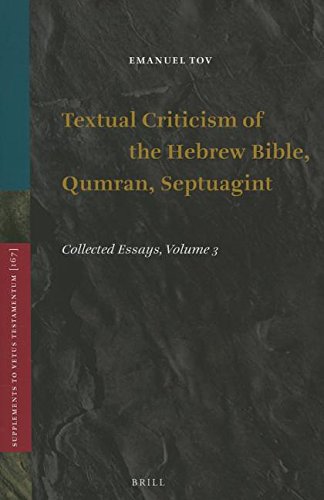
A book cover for Textual Criticism of the Hebrew Bible, Qumran, Septuagint: Collected Essays, Volume 3 (Vetus Testamentum, Supplements); Emanuel Tov; Christian Books & Bibles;